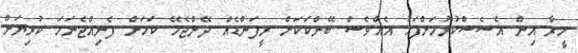
މީރާ އިން އެސެސްކުރުމަށްފަހު އެއްވެސް ބޭންކަކަށް ރީފަންޑެއް ދޭންޖެހޭ ކަމަށް ފެނިއްޖެނަމަ ކުރިޔަށް